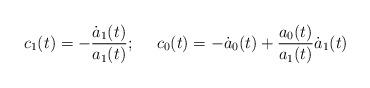
\begin{align*}c_1(t) = - \frac{\dot a_1(t)}{a_1(t)}; ~~~~ c_0(t) = - \dot a_0(t)+\frac{a_0(t)}{a_1(t)}\dot a_1(t)\end{align*}